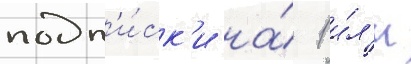
подп'и́ск'и на́ 1 и́л'и